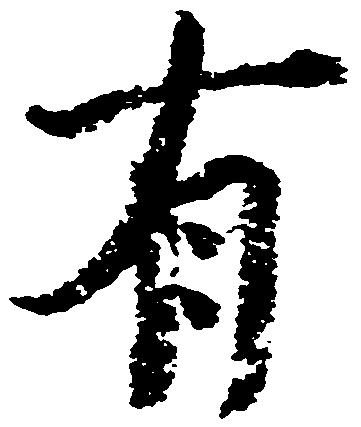
有